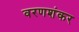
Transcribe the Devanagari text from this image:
वरणशंकर